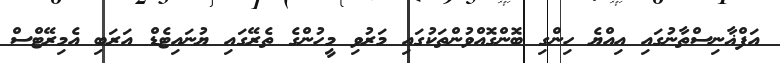
އަފްޣާނިސްތާނުގައި އިއްޔެ ހިންގި ބޮންގޮއްވުންތަކުގައި މަރުވި މީހުންގެ ތެރޭގައި ޔުނައިޓެޑް އަރަބި އެމިރޭޓްސް